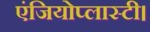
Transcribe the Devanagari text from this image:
एंजियोप्लास्टी।